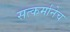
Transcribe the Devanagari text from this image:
सत्कर्मानेच